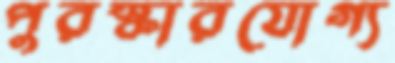
পুরস্কারযোগ্য